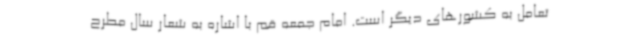
تعامل به کشورهای دیگر است. امام جمعه قم با اشاره به شعار سال مطرح